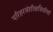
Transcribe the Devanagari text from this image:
परिहरवंशीक्षत्रियॉणॉ